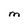
Character: M